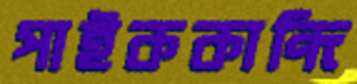
পাইককান্দি